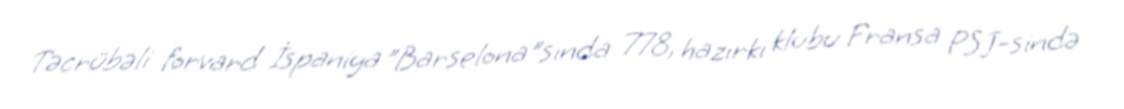
Təcrübəli forvard İspaniya "Barselona"sında 778, hazırkı klubu Fransa PSJ-sində